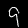
Label: 9